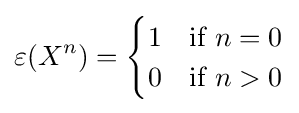
\varepsilon (X^{n})={\begin{cases}1&{\mbox{if }}n=0\\0&{\mbox{if }}n>0\end{cases}}